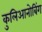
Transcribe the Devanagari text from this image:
कुलिआनोबिंग